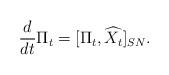
LaTeX: \begin{align*}\frac{d}{dt}\Pi_{t}=[\Pi_t,\widehat{X_{t}}]_{SN}.\end{align*}